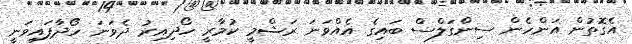
އެގޮތުން އަންހެން ސިންގަލްސް ބައިގެ އެއްވަނަ ރަޝްމީ ކުމާރީ ހޯދިއިރު ދެވަނަ ހޯދާފައިވަނީ